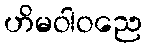
ဟိမဝါဝညေ